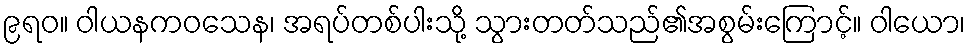
၉ရဝ။ ဝါယနကဝသေန၊ အရပ်တစ်ပါးသို့ သွားတတ်သည်၏အစွမ်းကြောင့်။ ဝါယော၊